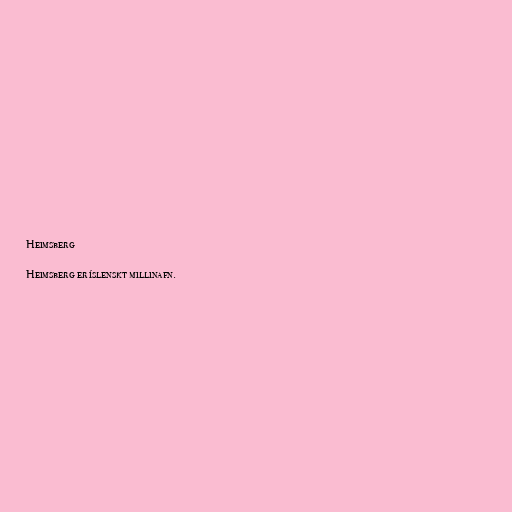
Heimsberg

Heimsberg er íslenskt millinafn.